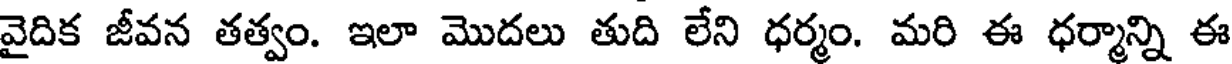
వైదిక జీవన తత్వం. ఇలా మొదలు తుది లేని ధర్మం. మరి ఈ ధర్మాన్ని ఈ